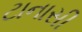
ટાનાસી